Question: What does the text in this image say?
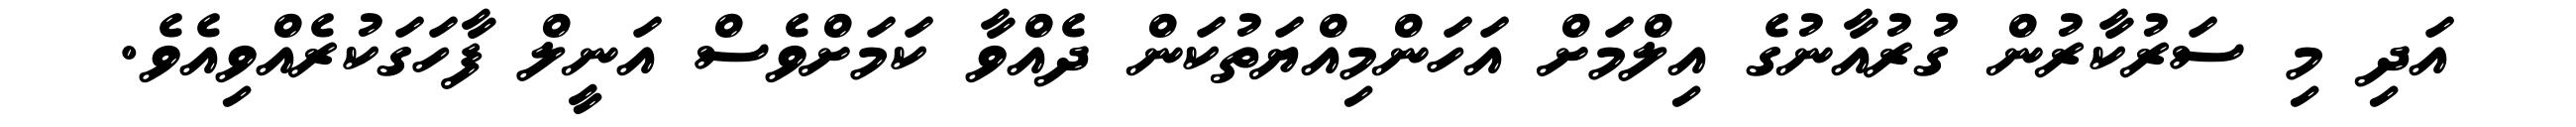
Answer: އަދި މި ސަރުކާރުން ގުރުއާނުގެ އިލްމަށް އަހަންމިއްޔަތުކަން ދެއްވާ ކަމަށްވެސް އަނީލް ފާހަގަކުރެއްވިއެވެ.